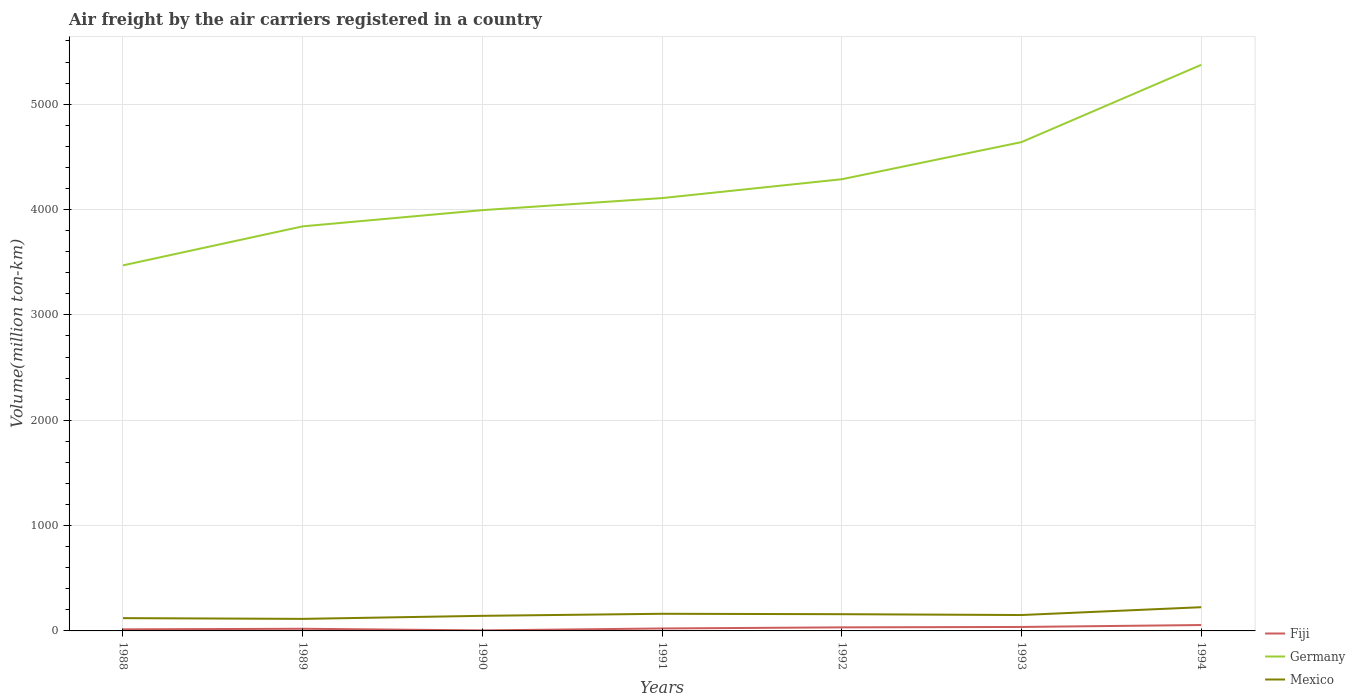
| Years | Fiji | Germany | Mexico |
 | --- | --- | --- | --- |
 | 1988 | 15 | 3.47e+03 | 122 |
 | 1989 | 20.4 | 3.84e+03 | 114 |
 | 1990 | 5.1 | 3.99e+03 | 143 |
 | 1991 | 23.3 | 4.11e+03 | 163 |
 | 1992 | 33.8 | 4.29e+03 | 159 |
 | 1993 | 37.7 | 4.64e+03 | 151 |
 | 1994 | 55.9 | 5.37e+03 | 225 |